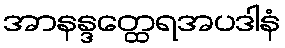
အာနန္ဒတ္ထေရအပဒါနံ